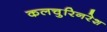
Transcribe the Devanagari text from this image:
कलचुरिनरेश